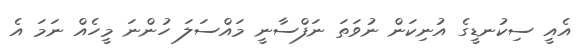
އެއީ ސިކުނޑީގެ އުނިކަން ނުވަތަ ނަފްސާނީ މައްސަލަ ހުންނަ މީހެއް ނަމަ އެ